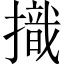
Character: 𢴠